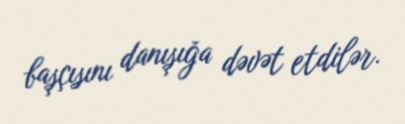
başçısını danışığa dəvət etdilər.